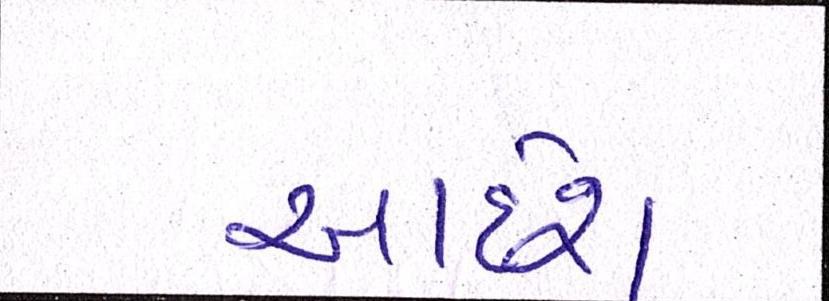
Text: આદેશ